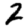
Digit: 2